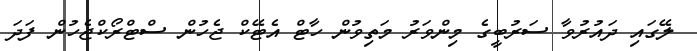
ލޭގައި ދައުރުވާ ސަރުބީގެ މިންވަރު މަތިވުން ހާޓް އެޓޭކް ޖެހުން ސްޓްރޯކްޖެހުން ފަދަ